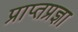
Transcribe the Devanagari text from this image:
प्राप्तप्रज्ञा